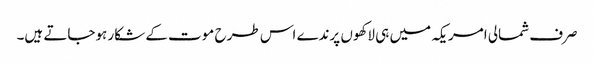
صرف شمالی امریکہ میں ہی لاکھوں پرندے اس طرح موت کے شکار ہوجاتے ہیں۔